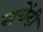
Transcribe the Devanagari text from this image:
सचेंदी